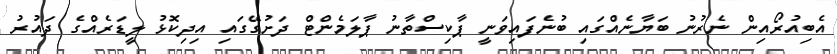
އެބިއުރޯއިން ނެރުނު ބަޔާނެއްގައި ބުނެފައިވަނީ ޕާކިސްތާނު ޕާލަމެންޓް ދަށުގޭގައި އިދިކޮޅު ލީޑަރެއްގެ ދައުރު